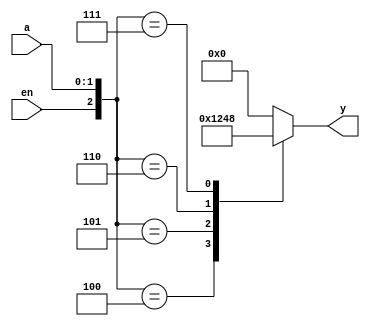
module bin_dec_case(
    input wire en,
    input wire [1:0] a,
    output reg [3:0] y

);
always @ *

  

    case ({en,a})
        3'b100: y = 4'b0001;
        3'b101: y = 4'b0010;
        3'b110: y = 4'b0100;
        3'b111: y = 4'b1000;
        default :y = 4'b0000; 
    endcase

endmodule